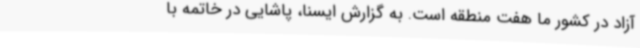
آزاد در کشور ما هفت منطقه است. به گزارش ایسنا، پاشایی در خاتمه با